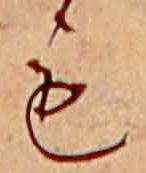
も